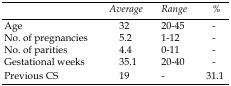
|  | Average | Range | % |
 | --- | --- | --- | --- |
 | Age | 32 | 20-45 | - |
 | No. of pregnancies | 5.2 | 1-12 | - |
 | No. of parities | 4.4 | 0-11 | - |
 | Gestational weeks | 35.1 | 20-40 | - |
 | Previous CS | 19 | - | 31.1 |